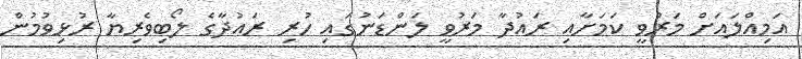
އަމިއްލައަށް މަރުވީ ކަމަށާއި ރައުދާ މަރުވީ ލަންޑަނުގައި ހުރި ރައުދާގެ ލޯބިވެރިޔާ ރުޅިވުމުން